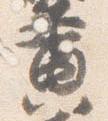
黄